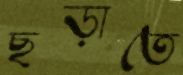
ছড়াতে